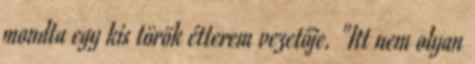
mondta egy kis török étterem vezetője. "Itt nem olyan